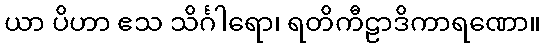
ယာ ပိဟာ ဧသ သိင်္ဂါရော၊ ရတိကီဠာဒိကာရဏော။